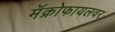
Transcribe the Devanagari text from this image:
मॅक्रोफायलवर